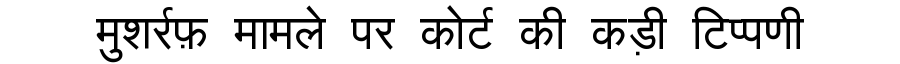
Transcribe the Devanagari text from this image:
मुशर्रफ़ मामले पर कोर्ट की कड़ी टिप्पणी